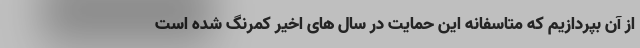
از آن بپردازیم که متاسفانه این حمایت در سال های اخیر کمرنگ شده است